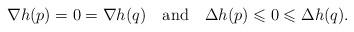
LaTeX: \begin{align*}\nabla h(p)=0=\nabla h(q) \ \ \ \textrm{and} \ \ \ \Delta h(p)\leqslant 0 \leqslant \Delta h(q).\end{align*}